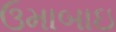
ઉમાબાઇ